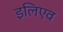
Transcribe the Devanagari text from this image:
इलिएव